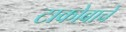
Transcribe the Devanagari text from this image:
टाकोबाचे